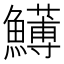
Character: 𩼬